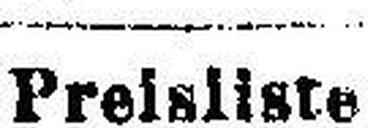
Preisliste